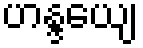
ဟန္ဒယျေ